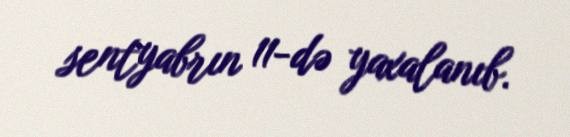
sentyabrın 11-də yaxalanıb.